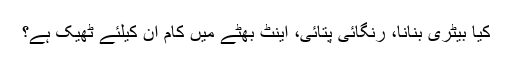
کیا بیٹری بنانا، رنگائی پتائی، اینٹ بھٹے میں کام ان کیلئے ٹھیک ہے؟